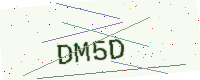
Text: DM5D